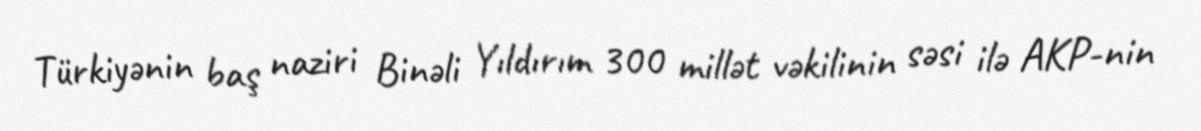
Türkiyənin baş naziri Binəli Yıldırım 300 millət vəkilinin səsi ilə AKP-nin